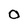
Character: O